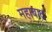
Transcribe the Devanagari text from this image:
महाबाद